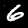
Label: 6